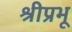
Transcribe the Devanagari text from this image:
श्रीप्रभू